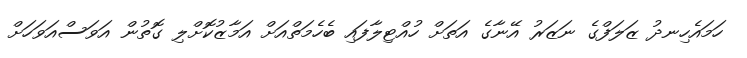
ހަމައެހިނދު ޒަލަފްގެ ނަޒަރު އޭނާގެ އަތަށް ހުއްޓިލާފައި ބެހެމަތްއަށް އަމާޒުކޮށްލި ގޮތުން އަވަސްއަވަހަށް